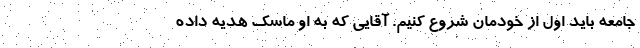
جامعه باید اول از خودمان شروع کنیم. آقایی که به او ماسک هدیه داده